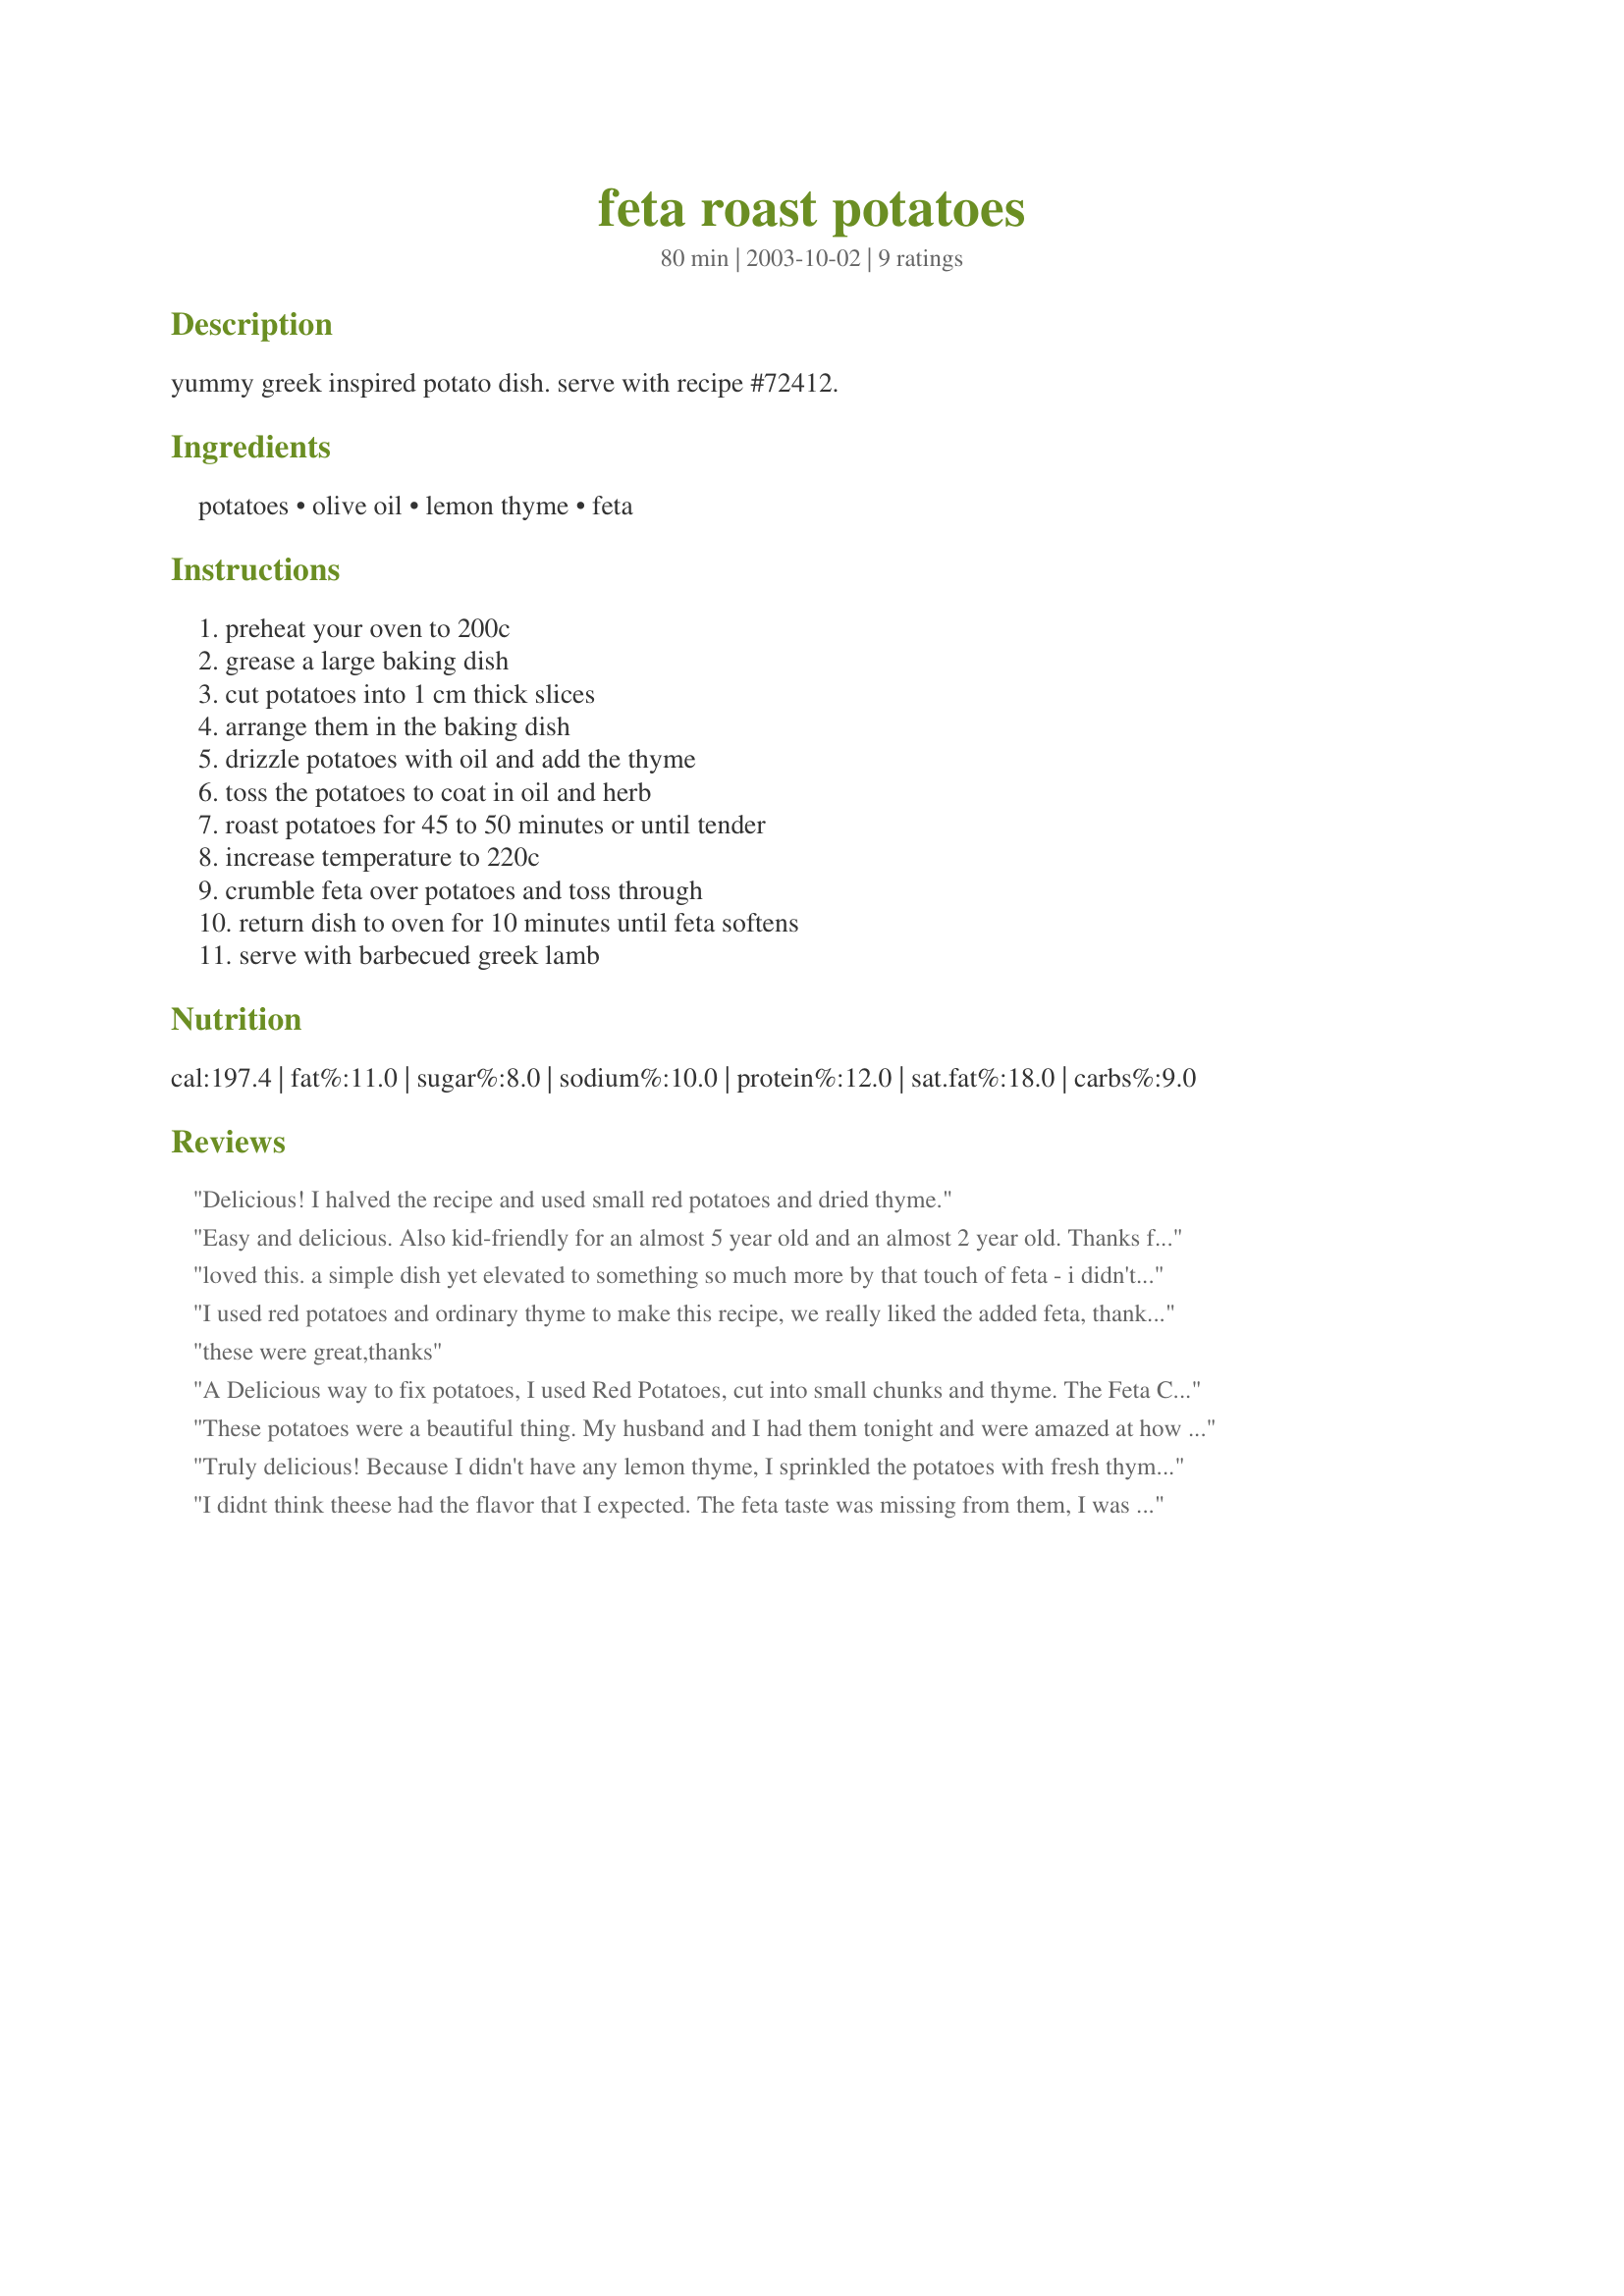
feta roast potatoes
Preparation time: 80 minutes

yummy greek inspired potato dish. serve with recipe #72412.

Ingredients:
potatoes, olive oil, lemon thyme, feta

Steps:
preheat your oven to 200c, grease a large baking dish, cut potatoes into 1 cm thick slices, arrange them in the baking dish, drizzle potatoes with oil and add the thyme, toss the potatoes to coat in oil and herb, roast potatoes for 45 to 50 minutes or until tender, increase temperature to 220c, crumble feta over potatoes and toss through, return dish to oven for 10 minutes until feta softens, serve with barbecued greek lamb

Reviews:
Delicious! I halved the recipe and used small red potatoes and dried thyme.
Easy and delicious. Also kid-friendly for an almost 5 year old and an almost 2 year old. Thanks for the recipe.
loved this. a simple dish yet elevated to something so much more by that touch of feta - i didn't think it would go with roast potatoes but it did.
I used red potatoes and ordinary thyme to make this recipe, we really liked the added feta, thanks for a tasty recipe.
these were great,thanks
 A Delicious way to fix potatoes, I used Red Potatoes, cut into small chunks and thyme. The Feta Cheese really makes them special.
Dale, thanks for the recipe.
These potatoes were a beautiful thing. My husband and I had them tonight and were amazed at how good they really were. I tweaked the recipe a little (because I can't follow instructions) and made the following adjustments while preparing the dish:

I was unsure what kind of baking dish to use so I used a deep cookie sheet, which worked really well.
I didn't have fresh thyme, so I used zaatar and a little sumac.
I added 3 cloves of pressed garlic to the potatoes.
I used both Asiago and Feta cheese
I added diced Tomato at the end when I added the Cheese
I squeezed lemon juice over the dish before the last 5-minute cheese-melting cooking bit

Excellent recipe! Everyone should try this.

Truly delicious! Because I didn't have any lemon thyme, I sprinkled the potatoes with fresh thyme, lemon zest and 4 cloves of minced garlic. We ate this with grilled chicken and salad. I look forward to making this again in winter and teaming it with other meats. If you like lemon, thyme and feta, you'll love this.
I didnt think theese had the flavor that I expected. The feta taste was missing from them, I was disapointed. I did however cook them too long, so that might have been part of the problem. I was not sure what temp to cook them at becuase its in C and I use F :O) I will try it again, but cook less time and lower temps.
